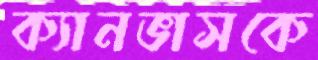
ক্যানভাসকে